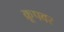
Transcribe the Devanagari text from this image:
क्रूपवर